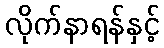
လိုက်နာရန်နှင့်